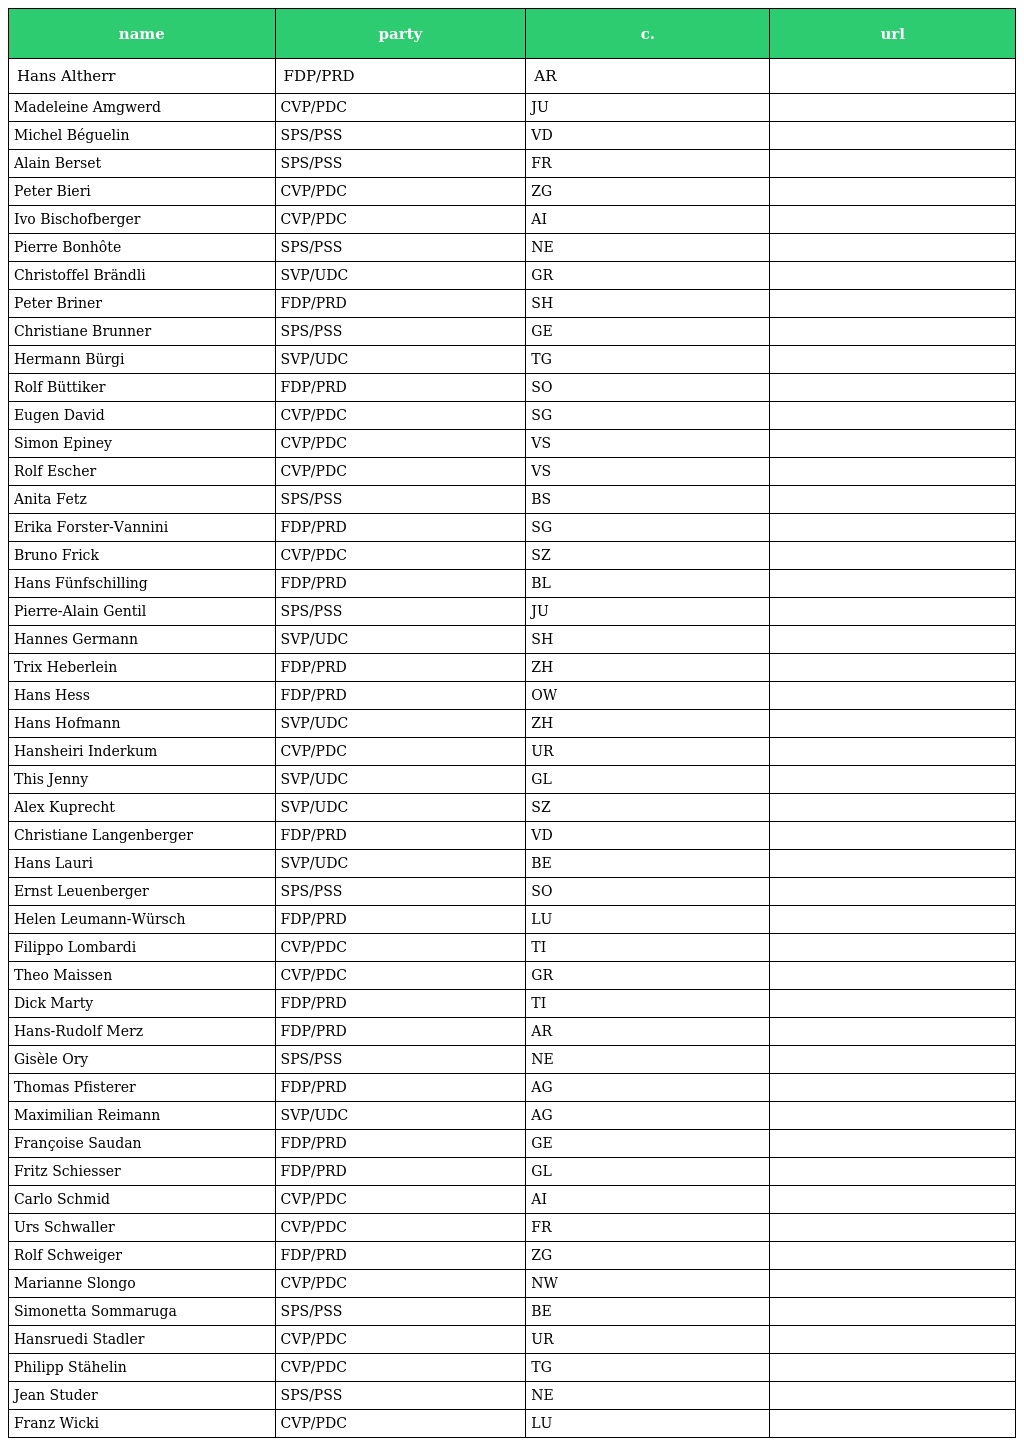
| name | party | c. | url |
 | --- | --- | --- | --- |
 | Hans Altherr | FDP/PRD | AR |  |
 | Madeleine Amgwerd | CVP/PDC | JU |  |
 | Michel Béguelin | SPS/PSS | VD |  |
 | Alain Berset | SPS/PSS | FR |  |
 | Peter Bieri | CVP/PDC | ZG |  |
 | Ivo Bischofberger | CVP/PDC | AI |  |
 | Pierre Bonhôte | SPS/PSS | NE |  |
 | Christoffel Brändli | SVP/UDC | GR |  |
 | Peter Briner | FDP/PRD | SH |  |
 | Christiane Brunner | SPS/PSS | GE |  |
 | Hermann Bürgi | SVP/UDC | TG |  |
 | Rolf Büttiker | FDP/PRD | SO |  |
 | Eugen David | CVP/PDC | SG |  |
 | Simon Epiney | CVP/PDC | VS |  |
 | Rolf Escher | CVP/PDC | VS |  |
 | Anita Fetz | SPS/PSS | BS |  |
 | Erika Forster-Vannini | FDP/PRD | SG |  |
 | Bruno Frick | CVP/PDC | SZ |  |
 | Hans Fünfschilling | FDP/PRD | BL |  |
 | Pierre-Alain Gentil | SPS/PSS | JU |  |
 | Hannes Germann | SVP/UDC | SH |  |
 | Trix Heberlein | FDP/PRD | ZH |  |
 | Hans Hess | FDP/PRD | OW |  |
 | Hans Hofmann | SVP/UDC | ZH |  |
 | Hansheiri Inderkum | CVP/PDC | UR |  |
 | This Jenny | SVP/UDC | GL |  |
 | Alex Kuprecht | SVP/UDC | SZ |  |
 | Christiane Langenberger | FDP/PRD | VD |  |
 | Hans Lauri | SVP/UDC | BE |  |
 | Ernst Leuenberger | SPS/PSS | SO |  |
 | Helen Leumann-Würsch | FDP/PRD | LU |  |
 | Filippo Lombardi | CVP/PDC | TI |  |
 | Theo Maissen | CVP/PDC | GR |  |
 | Dick Marty | FDP/PRD | TI |  |
 | Hans-Rudolf Merz | FDP/PRD | AR |  |
 | Gisèle Ory | SPS/PSS | NE |  |
 | Thomas Pfisterer | FDP/PRD | AG |  |
 | Maximilian Reimann | SVP/UDC | AG |  |
 | Françoise Saudan | FDP/PRD | GE |  |
 | Fritz Schiesser | FDP/PRD | GL |  |
 | Carlo Schmid | CVP/PDC | AI |  |
 | Urs Schwaller | CVP/PDC | FR |  |
 | Rolf Schweiger | FDP/PRD | ZG |  |
 | Marianne Slongo | CVP/PDC | NW |  |
 | Simonetta Sommaruga | SPS/PSS | BE |  |
 | Hansruedi Stadler | CVP/PDC | UR |  |
 | Philipp Stähelin | CVP/PDC | TG |  |
 | Jean Studer | SPS/PSS | NE |  |
 | Franz Wicki | CVP/PDC | LU |  |